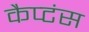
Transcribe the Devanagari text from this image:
कैप्‍टंस